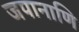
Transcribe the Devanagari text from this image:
जपानाणि